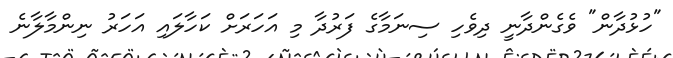
"ހުޅުދާން" ވެގެންދާނީ ދިވެހި ސިނަމާގެ ފަރުދާ މި އަހަރަށް ކަހާލައި އަހަރު ނިންމާލާނެ